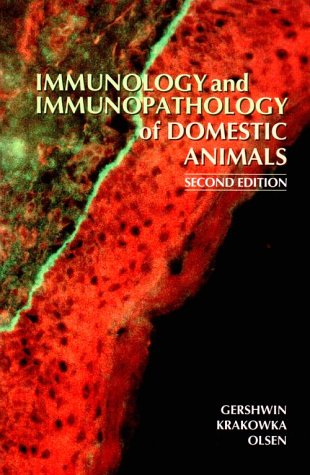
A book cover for Immunology & Immunopathology of Domestic Animals; Laurel Gershwin DVM  PhD; Medical Books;